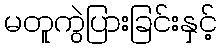
မတူကွဲပြားခြင်းနှင့်